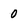
Character: 0